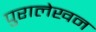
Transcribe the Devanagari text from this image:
पुरालेखन